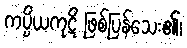
ကပ္ပိယကုဋိ ဖြစ်ပြန်သေး၏၊